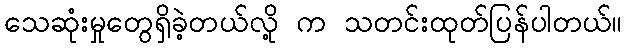
သေဆုံးမှုတွေရှိခဲ့တယ်လို့ က သတင်းထုတ်ပြန်ပါတယ်။